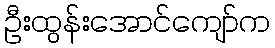
ဦးထွန်းအောင်ကျော်က